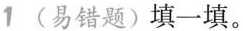
1 (易错题)填一填。